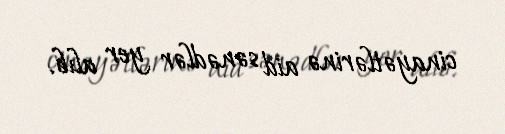
cinayətlərinə aid sənədlər yer alıb.